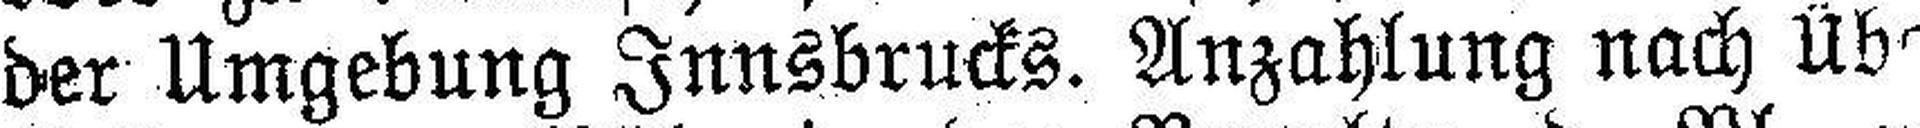
der Umgebung Innsbrucks. Anzahlung nach Über¬